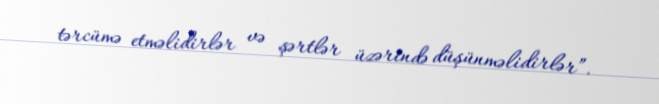
tərcümə etməlidirlər və şərtlər üzərində düşünməlidirlər”.